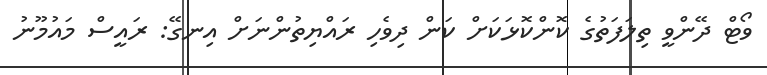
ވޯޓް ދޭންވީ ތިލަފަތުގެ ކޮންކޮޅަކަށް ކަން ދިވެހި ރައްޔިތުންނަށް އިނގޭ: ރައީސް މައުމޫނު